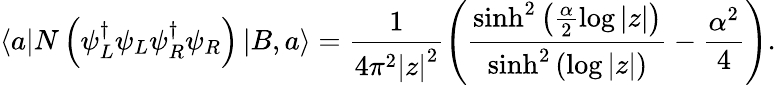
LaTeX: \left\langle a\right|N\left(\psi_{L}^{\dagger}\psi_{L}\psi_{R}^{\dagger}\psi_{R}\right)\left|B,a\right\rangle=\frac{1}{4\pi^{2}\left|z\right|^{2}}\left(\frac{\sinh^{2}\left(\frac{\alpha}{2}\log\left|z\right|\right)}{\sinh^{2}\left(\log\left|z\right|\right)}-\frac{\alpha^{2}}{4}\right).